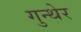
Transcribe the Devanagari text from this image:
गुन्थेर